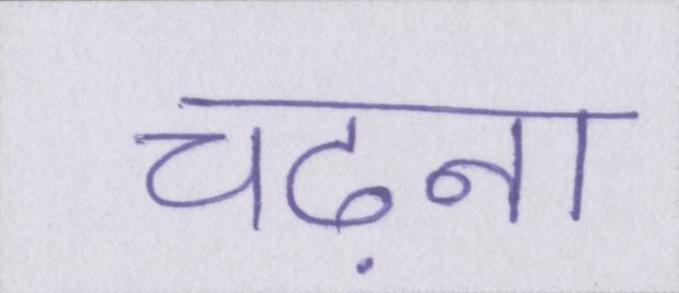
चढ़ना